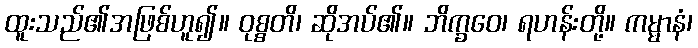
ထူးသည်၏အဖြစ်ဟူ၍။ ဝုစ္စတိ၊ ဆိုအပ်၏။ ဘိက္ခဝေ၊ ရဟန်းတို့။ ကမ္မာနံ၊